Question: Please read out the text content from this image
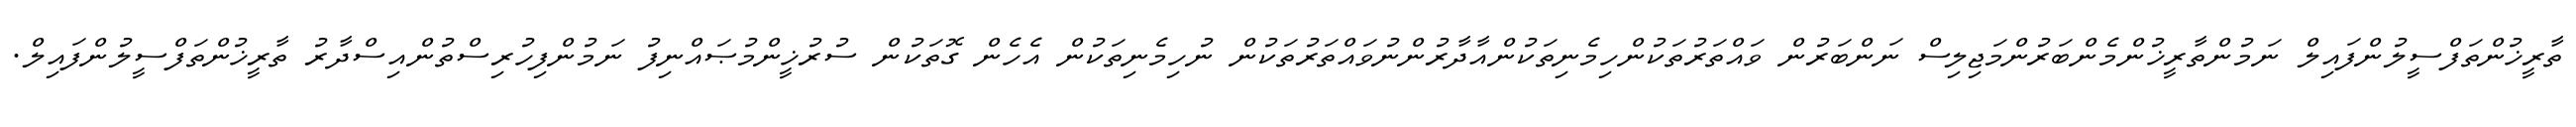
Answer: ތާރީޚުންތަފްސީލުންފައިލް ނަމުންތާރީޚުންމެންބަރުންމަޖިލިސް ނަންބަރުން ވައްތަރުތަކުންހިމެނިތަކުންއާދާރުންނުވައްތަރުތަކުން ނުހިމެނިތަކުން އެހެން ގޮތަކުން ސުރުޚީންމުޞައްނިފު ނަމުންފިހުރިސްތުންއިސްދާރު ތާރީޚުންތަފްސީލުންފައިލް.